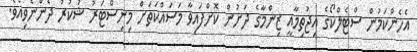
އެހެންކަމުން ސްޓެލްކޯގެ އިޖުތިމާއީ ޒިންމާގެ ދަށުން ކޮށްފައިވާ މަސައްކަތަށް މިނިސްޓަރު ޝުކުރު ދެންނެވިއެވެ.